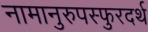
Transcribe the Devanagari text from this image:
नामानुरुपस्फुरदर्थ